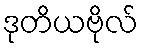
ဒုတိယဗိုလ်